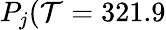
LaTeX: P_{j}(\mathcal{T}=321.9